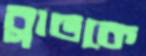
ব্লাডকে